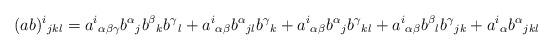
LaTeX: \begin{align*}(ab)^i{}_{jkl}&=a^i{}_{\alpha\beta\gamma}b^\alpha{}_jb^\beta{}_kb^\gamma{}_l+a^i{}_{\alpha\beta}b^\alpha{}_{jl}b^\gamma{}_k+a^i{}_{\alpha\beta}b^\alpha{}_jb^\gamma{}_{kl}+a^i{}_{\alpha\beta}b^\beta{}_lb^\gamma{}_{jk}+a^i{}_\alpha b^\alpha{}_{jkl}\end{align*}